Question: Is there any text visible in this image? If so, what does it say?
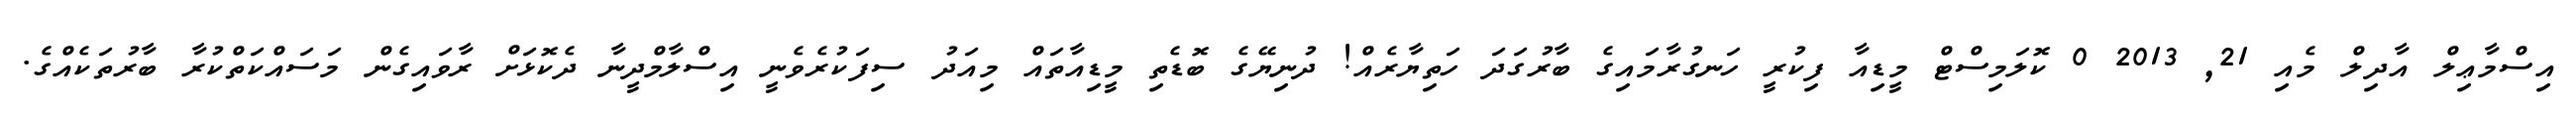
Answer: އިސްމާޢިލް އާދިލް މެއި 21, 2013 0 ކޮލަމިސްޓް މީޑިއާ ފިކުރީ ހަނގުރާމައިގެ ބާރުގަދަ ހަތިޔާރެއް! ދުނިޔޭގެ ބޮޑެތި މީޑިއާތައް މިއަދު ސިފަކުރެވެނީ އިސްލާމްދީނާ ދެކޮޅަށް ރާވައިގެން މަސައްކަތްކުރާ ބާރުތަކެއްގެ.